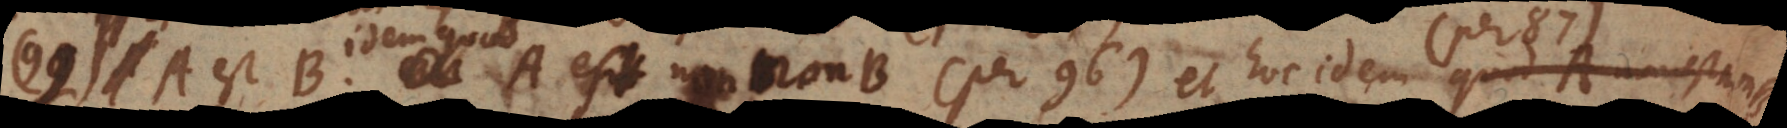
99) A est B idem quod A est non-non-B (per 96) et hoc idem quod A non est